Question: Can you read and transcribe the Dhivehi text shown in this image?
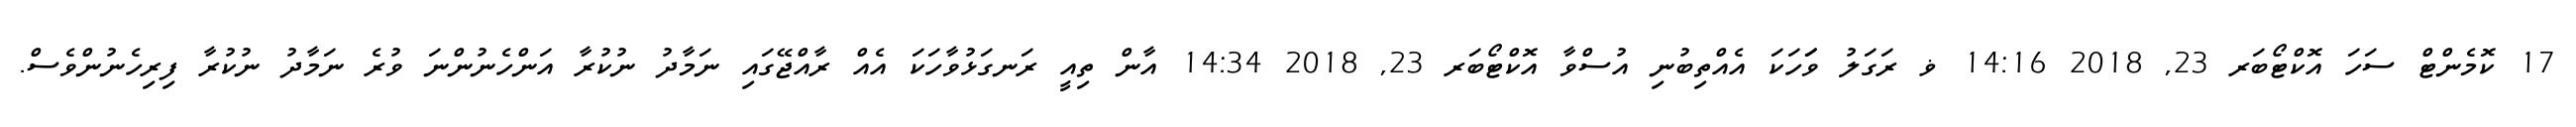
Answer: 17 ކޮމެންޓް ސަހަ އޮކްޓޯބަރ 23, 2018 14:16 ޥ ރަގަލު ވަަަހަކަ އެއްތިބުނި އުސްވާ އޮކްޓޯބަރ 23, 2018 14:34 އާން ތިއީ ރަނގަޅުވާހަކަ އެއް ރާއްޖޭގައި ނަމާދު ނުކުރާ އަންހެނުންނަ ވުރެ ނަމާދު ނުކުރާ ފިރިހެނުންވެސް.